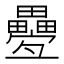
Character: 𤴁